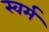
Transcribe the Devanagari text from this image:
स्वर्म